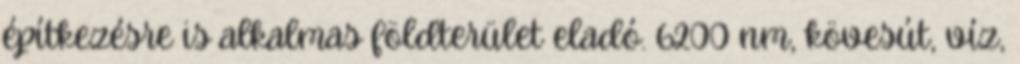
építkezésre is alkalmas földterület eladó. 6200 nm, kövesút, víz,